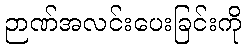
ဉာဏ်အလင်းပေးခြင်းကို